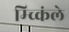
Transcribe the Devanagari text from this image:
म्च्किंले